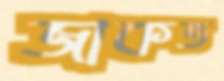
জাকত